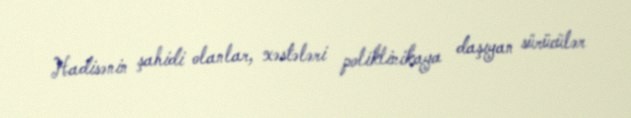
Hadisənin şahidi olanlar, xəstələri poliklinikaya daşıyan sürücülər